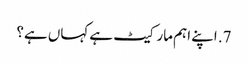
7. اپنے اہم مارکیٹ ہے کہاں ہے؟